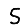
Digit: 5